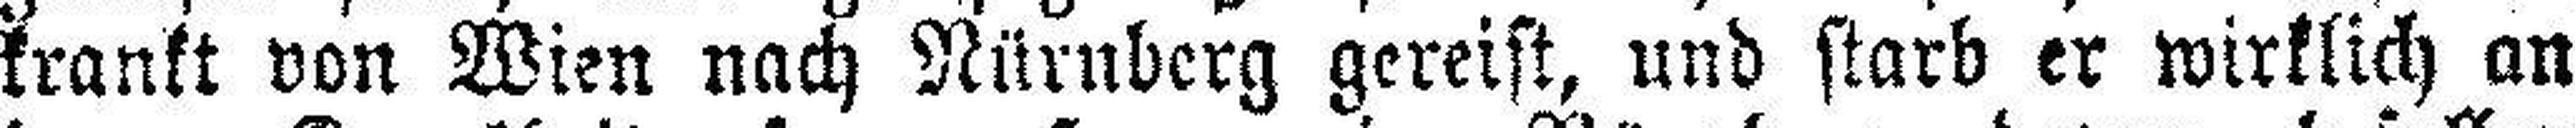
krankt von Wien nach Nürnberg gereist, und starb er wirklich an